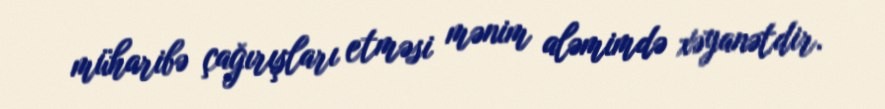
müharibə çağırışları etməsi mənim aləmimdə xəyanətdir.